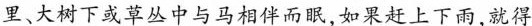
里、大树下或草丛中与马相伴而眠，如果赶上下雨，就得